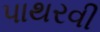
પાથરવી